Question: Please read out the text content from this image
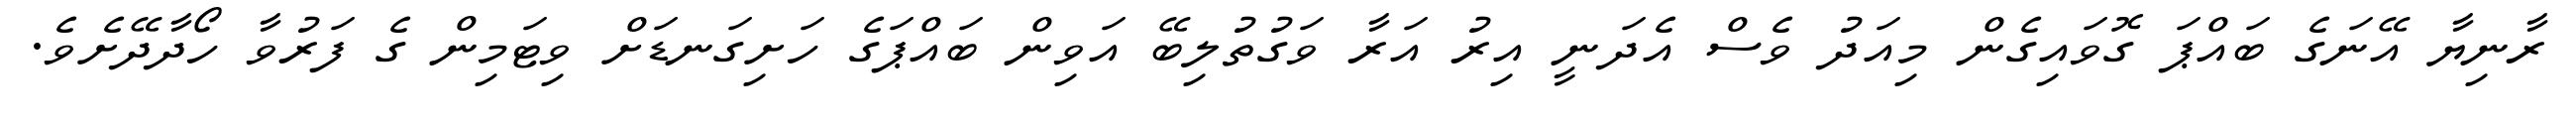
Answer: ރާނިޔާ އޭނަގެ ބައްޕަ ގޮވައިގެން މިއަދު ވެސް އެދަނީ އިރު އަރާ ވަގުތުލިބޭ އަވިން ބައްޕަގެ ހަށިގަނޑަށް ވިޓަމިން ގެ ފަރުވާ ހޯދާދޭށެވެ.